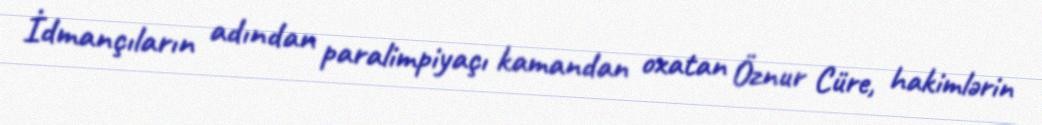
İdmançıların adından paralimpiyaçı kamandan oxatan Öznur Cüre, hakimlərin